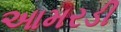
આમરડી